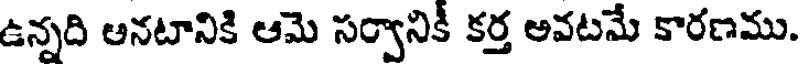
ఉన్నది అనటానికి ఆమె సర్వానికీ కర్త అవటమే కారణము.